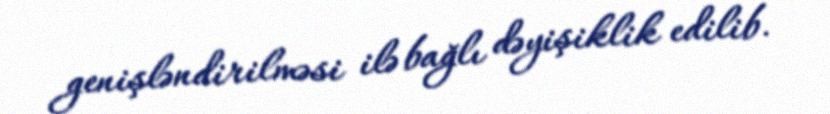
genişləndirilməsi ilə bağlı dəyişiklik edilib.